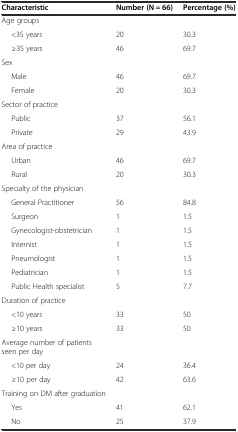
<table><thead><tr><td><b>Characteristic</b></td><td><b>Number (N = 66)</b></td><td><b>Percentage (%)</b></td></tr></thead><tbody><tr><td>Age groups</td><td></td><td></td></tr><tr><td>&lt;35 years</td><td>20</td><td>30.3</td></tr><tr><td>≥35 years</td><td>46</td><td>69.7</td></tr><tr><td>Sex</td><td></td><td></td></tr><tr><td>Male</td><td>46</td><td>69.7</td></tr><tr><td>Female</td><td>20</td><td>30.3</td></tr><tr><td>Sector of practice</td><td></td><td></td></tr><tr><td>Public</td><td>37</td><td>56.1</td></tr><tr><td>Private</td><td>29</td><td>43.9</td></tr><tr><td>Area of practice</td><td></td><td></td></tr><tr><td>Urban</td><td>46</td><td>69.7</td></tr><tr><td>Rural</td><td>20</td><td>30.3</td></tr><tr><td>Specialty of the physician</td><td></td><td></td></tr><tr><td>General Practitioner</td><td>56</td><td>84.8</td></tr><tr><td>Surgeon</td><td>1</td><td>1.5</td></tr><tr><td>Gynecologist-obstetrician</td><td>1</td><td>1.5</td></tr><tr><td>Internist</td><td>1</td><td>1.5</td></tr><tr><td>Pneumologist</td><td>1</td><td>1.5</td></tr><tr><td>Pediatrician</td><td>1</td><td>1.5</td></tr><tr><td>Public Health specialist</td><td>5</td><td>7.7</td></tr><tr><td>Duration of practice</td><td></td><td></td></tr><tr><td>&lt;10 years</td><td>33</td><td>50</td></tr><tr><td>≥10 years</td><td>33</td><td>50</td></tr><tr><td>Average number of patients seen per day</td><td></td><td></td></tr><tr><td>&lt;10 per day</td><td>24</td><td>36.4</td></tr><tr><td>≥10 per day</td><td>42</td><td>63.6</td></tr><tr><td>Training on DM after graduation</td><td></td><td></td></tr><tr><td>Yes</td><td>41</td><td>62.1</td></tr><tr><td>No</td><td>25</td><td>37.9</td></tr></tbody></table>